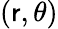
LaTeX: (\mathsf{r},\theta)